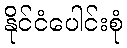
နိုင်ငံပေါင်းစုံ